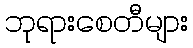
ဘုရားစေတီများ